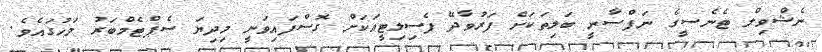
ނެޝްވިލް ޓެނެސީގެ ނަފްސާނީ ބަލިތަކަށް ފަރުވާދޭ ފެސިލިޓީއަކަށް ގޮސްފައިވަނީ މިދިޔަ ސެޕްޓެމްބަރު މަހުގައެވެ.